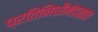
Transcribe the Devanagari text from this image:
प्रतिनिधीमंडळात